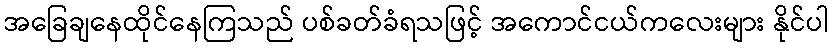
အခြေချနေထိုင်နေကြသည် ပစ်ခတ်ခံရသဖြင့် အကောင်ငယ်ကလေးများ နိုင်ပါ